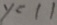
y = 1 1